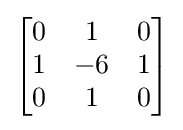
{\begin{bmatrix}0&1&0\\1&-6&1\\0&1&0\end{bmatrix}}